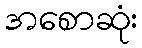
အစောဆုံး